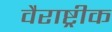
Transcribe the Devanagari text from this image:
वैराष्ट्रीक